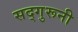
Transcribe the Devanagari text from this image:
सद्गुरूनी